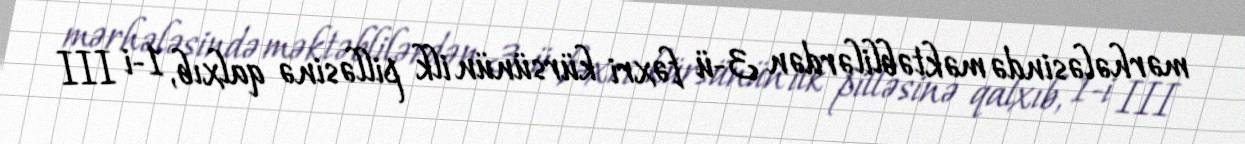
mərhələsində məktəblilərdən 3-ü fəxri kürsünün ilk pilləsinə qalxıb, 1-i III